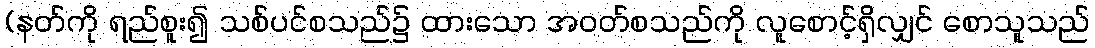
(နတ်ကို ရည်စူး၍ သစ်ပင်စသည်၌ ထားသော အဝတ်စသည်ကို လူစောင့်ရှိလျှင် စောသူသည်